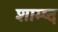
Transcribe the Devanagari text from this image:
शाम्ष्द